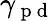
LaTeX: \gamma_{\mathrm{~p~d~}}